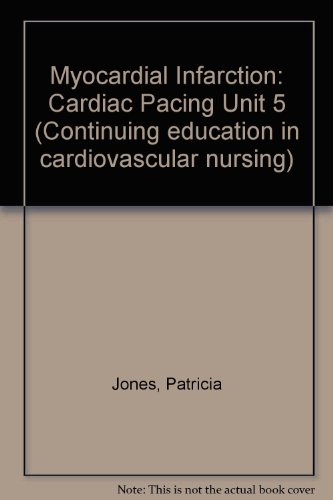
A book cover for Myocardial Infarction: Cardiac Pacing Unit 5 (Continuing education in cardiovascular nursing); Patricia Jones; Medical Books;